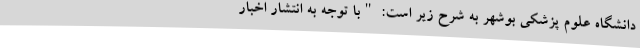
دانشگاه علوم پزشکی بوشهر به شرح زیر است: "با توجه به انتشار اخبار